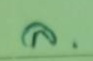
ล .